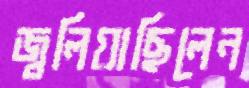
জ্বলিয়াছিলেন